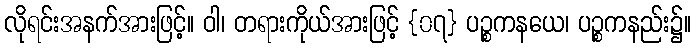
လိုရင်းအနက်အားဖြင့်။ ဝါ၊ တရားကိုယ်အားဖြင့် {၀၇} ပဉ္စကနယေ၊ ပဉ္စကနည်း၌။